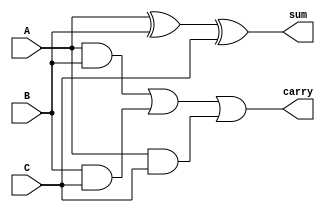
module carry_save_adder(
    input [N-1:0] A,  // First operand
    input [N-1:0] B,  // Second operand
    input [N-1:0] C,  // Carry from previous stage
    output [N-1:0] sum, // Sum output
    output [N-1:0] carry // Carry output
);
    parameter N = 8;  // Bit width

    assign sum = A ^ B ^ C;        // Sum is the XOR of all inputs
    assign carry = (A & B) | (B & C) | (A & C); // Carry is the AND of pairs

endmodule